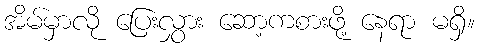
အိမ်မှာလို ပြေးလွှား ဆော့ကစားဖို့ နေရာ မရှိ။